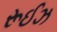
રૂઈઝ